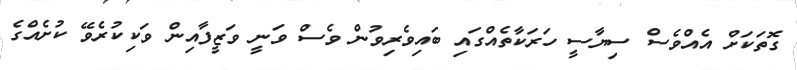
ގޮތަކަށް އެއްވެސް ސިޔާސީ ހަރަކާތެއްގައި ބައިވެރިވުން ވެސް ވަނީ ވަޒީފާއިން ވަކިކުރެވޭ ކުށެއްގެ